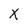
Character: X